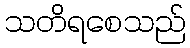
သတိရစေသည်